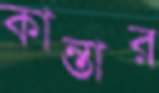
কান্তার